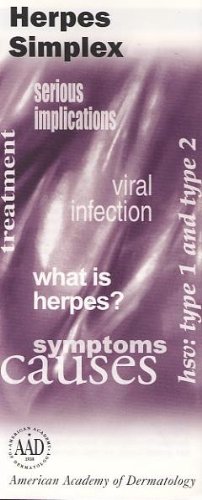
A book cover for Herpes Simplex; American Academy of Dermatology; Health, Fitness & Dieting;